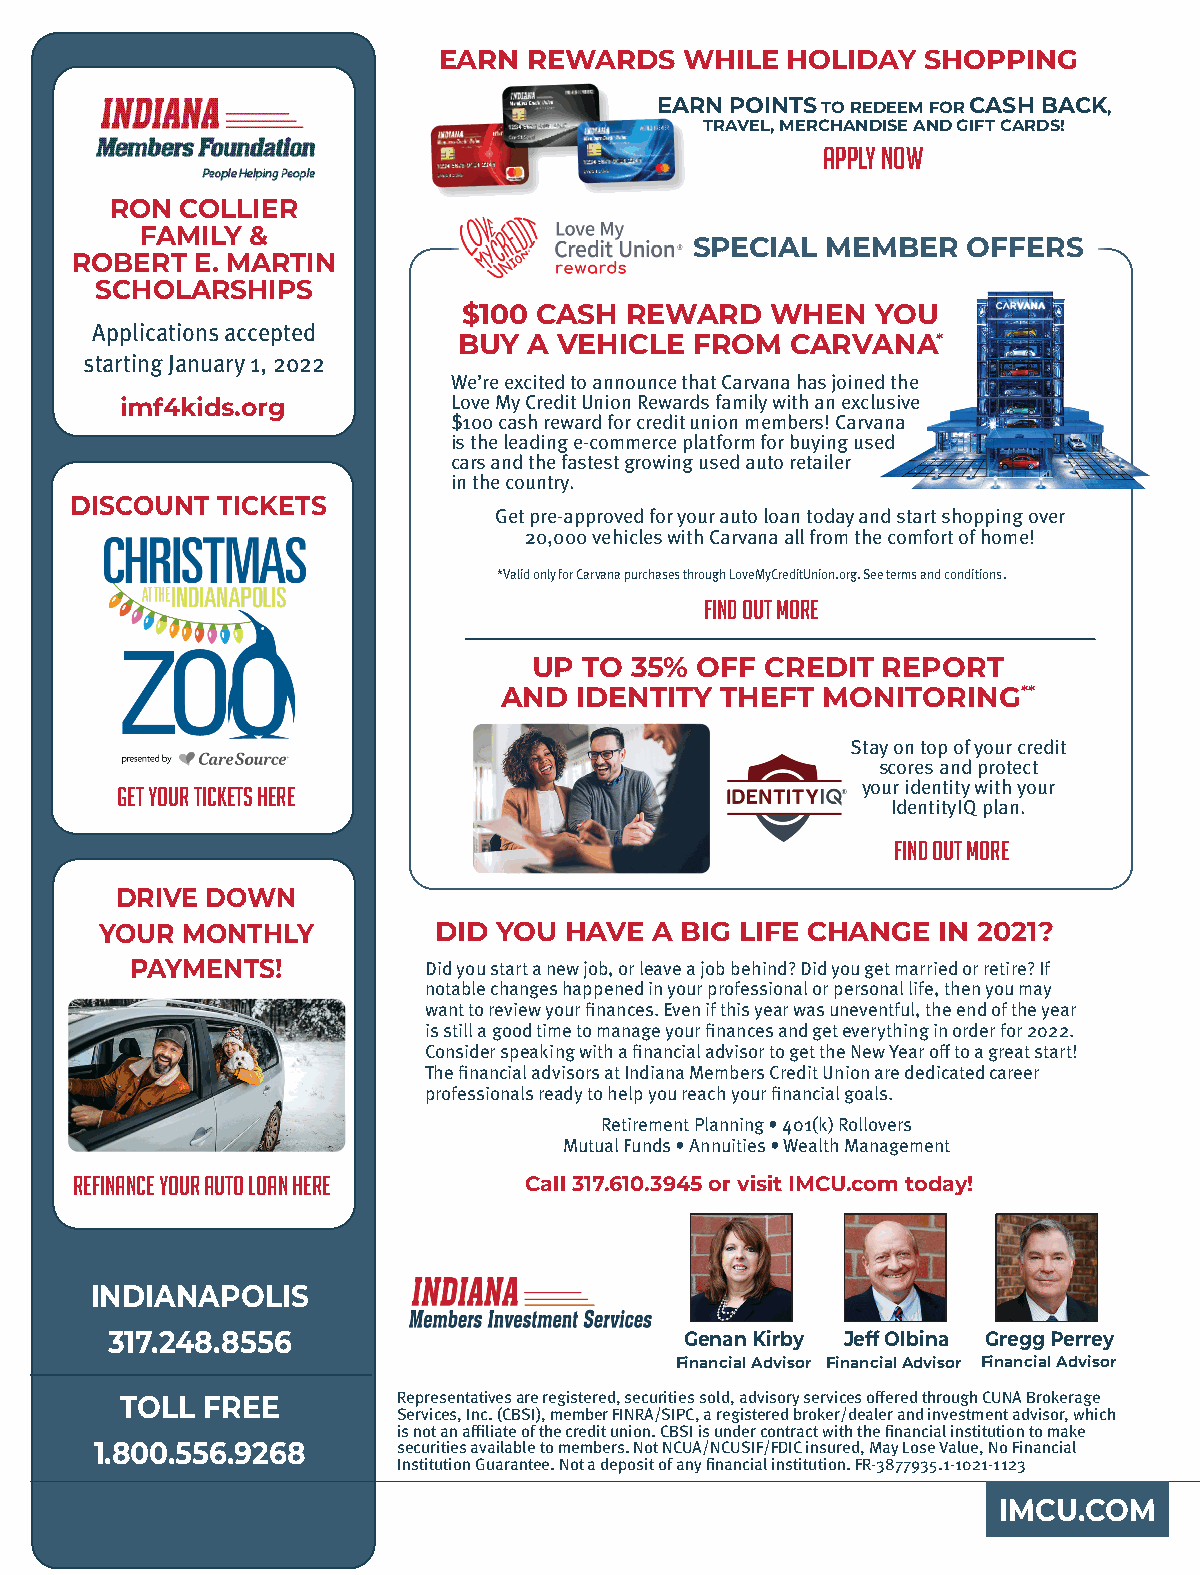
EARN  REWARDS   WHILE  HOLIDAY  SHOPPING
 EARN POINTS TO REDEEM FOR CASH BACK,
 TRAVEL, MERCHANDISE AND GIFT CARDS!
 APPLY NOW
 RON  COLLIER
 FAMILY &
 SPECIAL  MEMBER   OFFERS
 ROBERT  E. MARTIN
 SCHOLARSHIPS
 $100 CASH REWARD    WHEN   YOU
 Applications accepted
 BUY  A VEHICLE  FROM  CARVANA*
 starting January 1, 2022
 We’re excited to announce that Carvana has joined the
 imf4kids.org          Love My Credit Union Rewards family with an exclusive
 $100 cash reward for credit union members! Carvana
 is the leading e-commerce platform for buying used
 cars and the fastest growing used auto retailer
 in the country.
 DISCOUNT TICKETS
 Get pre-approved for your auto loan today and start shopping over
 20,000 vehicles with Carvana all from the comfort of home!
 *Valid only for Carvana purchases through LoveMyCreditUnion.org. See terms and conditions.
 FIND OUT MORE
 UP  TO 35% OFF  CREDIT REPORT
 AND  IDENTITY  THEFT  MONITORING**
 Stay on top of your credit
 scores and protect
 GET YOUR TICKETS HERE                            your identity with your
 IdentityIQ plan.
 FIND OUT MORE
 DRIVE DOWN
 YOUR MONTHLY          DID YOU HAVE  A BIG LIFE CHANGE  IN 2021?
 PAYMENTS!          Did you start a new job, or leave a job behind? Did you get married or retire? If
 notable changes happened in your professional or personal life, then you may
 want to review your finances. Even if this year was uneventful, the end of the year
 is still a good time to manage your finances and get everything in order for 2022.
 Consider speaking with a financial advisor to get the New Year off to a great start!
 The financial advisors at Indiana Members Credit Union are dedicated career
 professionals ready to help you reach your financial goals.
 Retirement Planning • 401(k) Rollovers
 Mutual Funds • Annuities • Wealth Management
 REFINANCE YOUR AUTO LOAN HERE Call 317.610.3945 or visit IMCU.com today!
 INDIANAPOLIS
 317.248.8556                          Genan Kirby Jeff Olbina Gregg Perrey
 Financial Advisor Financial Advisor Financial Advisor
 TOLL FREE         Representatives are registered, securities sold, advisory services offered through CUNA Brokerage
 Services, Inc. (CBSI), member FINRA/SIPC, a registered broker/dealer and investment advisor, which
 is not an affiliate of the credit union. CBSI is under contract with the financial institution to make
 1.800.556.9268      securities available to members. Not NCUA/NCUSIF/FDIC insured, May Lose Value, No Financial
 Institution Guarantee. Not a deposit of any financial institution. FR-3877935.1-1021-1123
 IMCU.COM